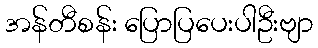
အန်တီစန်း ပြောပြပေးပါဦးဗျာ